Report of the Municipal Commissioner on the plague in Bombay for the year ending 31st May... - Volume 2
Disease focus: Plague
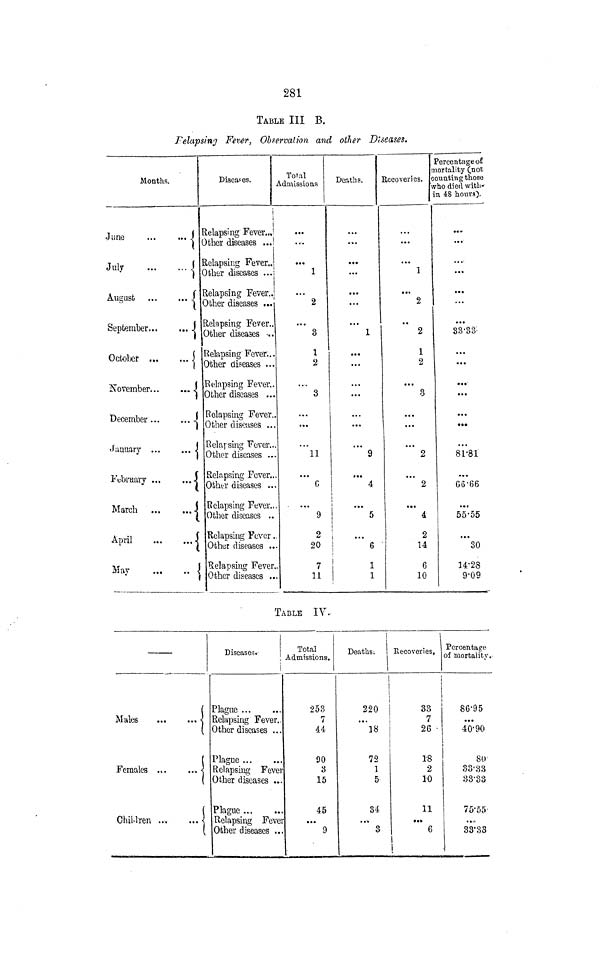
281
TABLE III B.
Felapsiny Fever, Observation and other Diseases.
Months.
June
...
... J
July
J
August
J
September
J
October
I
November
J
December
4
January ...
... J
February ...
....j
March ...
... -J
April
|
May
-
Diseases.
i
1
Relapsing Fever..,!
ther diseases ...!
.elapsing Fever.,
tlier diseases ...i
1
•elapsing FeverJ
Other diseases ...
lelapsing Fever..
Other diseases -..
Relapsing Fever...
Other diseases ...
Elapsing Fever..
Other diseases ...
Relapsing Fever.
Other diseases ..
lelarsing Fever..
Other diseases ...
Relapsing Fever..
Other diseases ..
Relapsing Fever.,
Other diseases ..
Relapsing Fever .
Other diseases ..
Relapsing Fever
Other diseases ..
Total
Achmssious
...
1
2
3
1
2
3
...
11
0
9
Deaths.
...
...
...
1
...
...
...
'" 9
"'4
i
i
...
5
i
2 j
20 |
6
7
11
1
1
n
Recoveries, c
VI
:::
1
2
2
1
2
'" 3
...
'" 2
2
4
2
14
6
10
Percentage of
lortality (not
ounting those
7-ho died with-
n 48 hours).
..0
...
...
33-33-
...
...
**•
81-81
G6-66
• ••
55-55
30
14-23
9-09
TABLE IV.
j
Males
<
(
(
Females ...
... <
1
(
ChiWren
\
(
Diseases.
Plague
Relapsing Fever..
Other diseases . . .
Plague
Relapsing Fevei
Other diseases ...
Plague
Relapsing Fevei
Other diseases ..
Total
Admissions.
253
7
44
90
3
15
45
...
9
Deaths.
I
Recoveries,
i
i
' i
220 |
33
...
18
72
1
5
34
...
3
7
26 •
Percentage
of mortality
86-95
...
40-90
i
18
2
10
11
>.<
6
i
80
33-33
33-33
75-55
..3
3'38